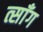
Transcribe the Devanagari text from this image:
त्साँग